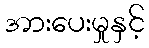
အားပေးမှုနှင့်